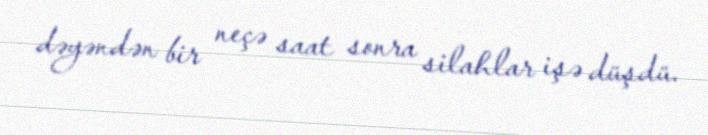
dəyəndən bir neçə saat sonra silahlar işə düşdü.